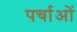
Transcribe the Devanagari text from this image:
पर्चाओं